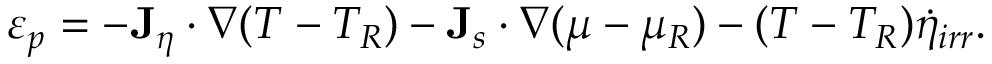
\varepsilon _ { p } = - { \bf J } _ { \eta } \cdot \nabla ( T - T _ { R } ) - { \bf J } _ { s } \cdot \nabla ( \mu - \mu _ { R } ) - ( T - T _ { R } ) \dot { \eta } _ { i r r } .